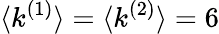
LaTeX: \langle k^{(1)}\rangle=\langle k^{(2)}\rangle=6